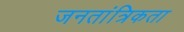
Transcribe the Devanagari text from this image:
जनतांत्रिकता